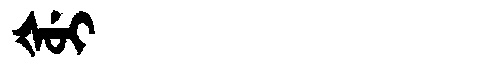
Manchu: ᡧᡠᡳ
Romanization: ŠUI